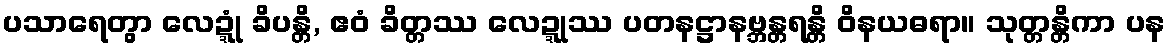
ပသာရေတွာ လေဍ္ဍုံ ခိပန္တိ, ဧဝံ ခိတ္တဿ လေဍ္ဍုဿ ပတနဋ္ဌာနဗ္ဘန္တရန္တိ ဝိနယဓရာ။ သုတ္တန္တိကာ ပန